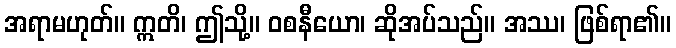
အရာမဟုတ်။ ဣတိ၊ ဤသို့။ ဝစနီယော၊ ဆိုအပ်သည်။ အဿ၊ ဖြစ်ရာ၏။